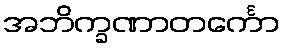
အဘိက္ခဏာတင်္ကော